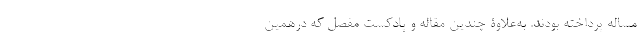
مساله پرداخته بودند. به‌علاوۀ چندین مقاله و پادکست مفصل که درهمین